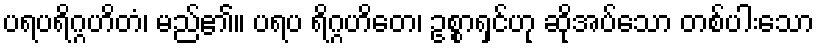
ပရပရိဂ္ဂဟိတံ၊ မည်၏။ ပရပ ရိဂ္ဂဟိတေ၊ ဥစ္စာရှင်ဟု ဆိုအပ်သော တစ်ပါးသော